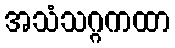
အသံသဂ္ဂကထာ